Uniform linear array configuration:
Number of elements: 4
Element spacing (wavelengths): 1
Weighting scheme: uniform
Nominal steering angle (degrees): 60
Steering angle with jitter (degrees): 58.512
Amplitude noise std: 0.05
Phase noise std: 0.05

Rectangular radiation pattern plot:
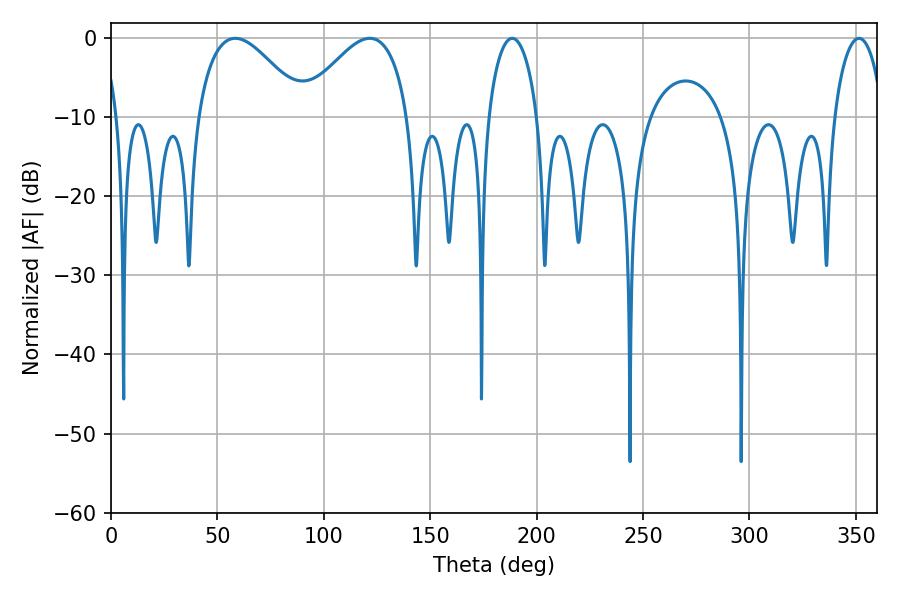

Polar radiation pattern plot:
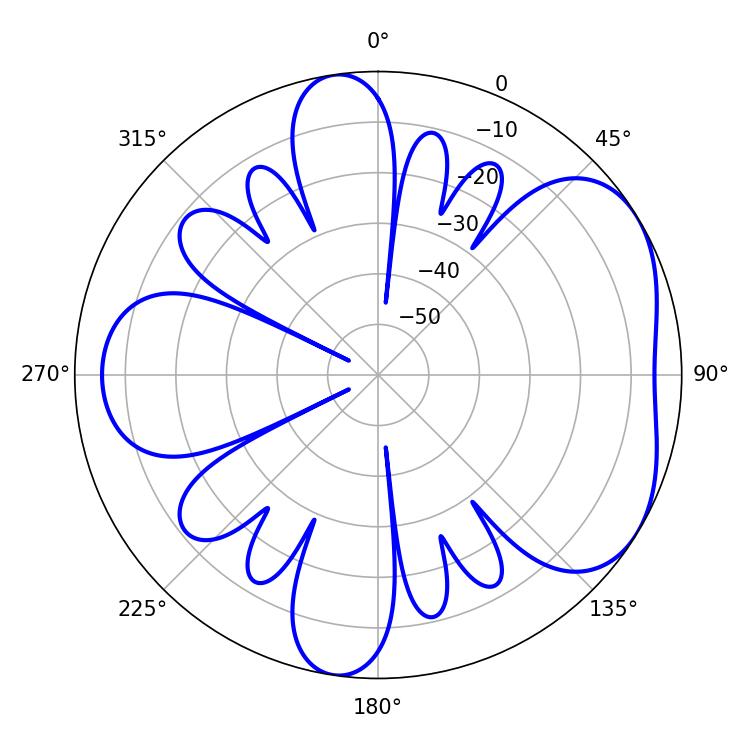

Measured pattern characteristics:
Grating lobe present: TRUE
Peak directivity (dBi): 4.755
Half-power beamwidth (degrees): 27.54
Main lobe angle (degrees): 58.32